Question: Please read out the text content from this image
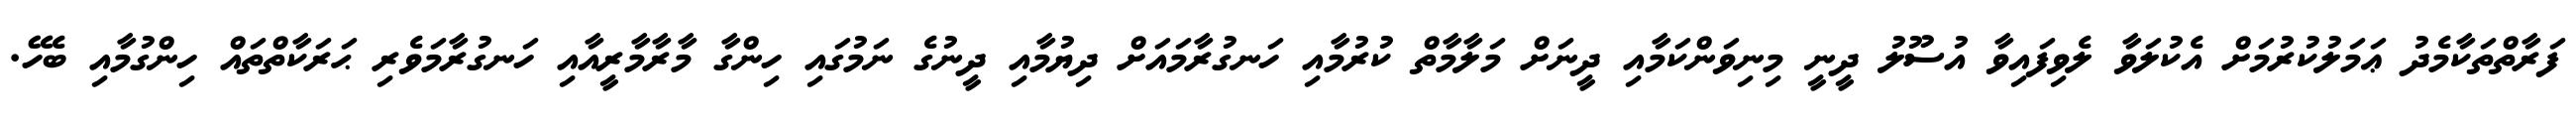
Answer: ފަރާތްތަކާމެދު ޢަމަލުކުރުމަށް އެކުލަވާ ލެވިފައިވާ އުސޫލު ދީނީ މިނިވަންކަމާއި ދީނަށް މަލާމާތް ކުރުމާއި ހަނގުރާމައަށް ދިޔުމާއި ދީނުގެ ނަމުގައި ހިންގާ މާރާމާރީއާއި ހަނގުރާމަވެރި ޙަރަކާތްތައް ހިންގުމާއި ބެހޭ.